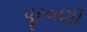
પૂરવણી